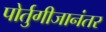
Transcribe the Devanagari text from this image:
पोर्तुगीजानंतर